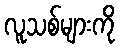
လူသစ်များကို